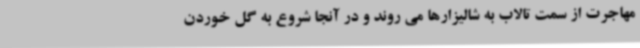
مهاجرت از سمت تالاب به شالیزارها می روند و در آنجا شروع به گل خوردن